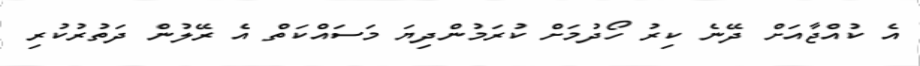
އެ ކުއްޖާއަށް ދޭނެ ކިރު ހޯދުމަށް ކުރަމުންދިޔަ މަސައްކަތް އެ ރޭލުން ދަތުރުކުރި